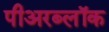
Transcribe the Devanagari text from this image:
पीअरब्लॉक